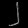
Digit: ၂